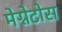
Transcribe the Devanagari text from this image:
मेग्नेटोस